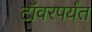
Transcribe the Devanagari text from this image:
टॉवरपर्यंत